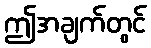
ဤအချက်တွင်